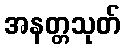
အနတ္တသုတ်